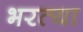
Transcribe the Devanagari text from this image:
भरत्या